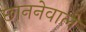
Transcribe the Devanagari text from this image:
छाननेवाले